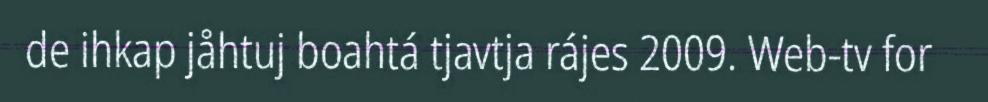
de ihkap jåhtuj boahtá tjavtja rájes 2009. Web-tv for